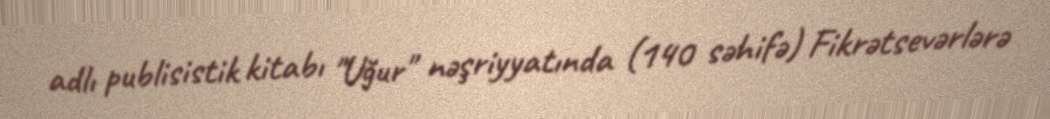
adlı publisistik kitabı "Uğur" nəşriyyatında (140 səhifə) Fikrətsevərlərə